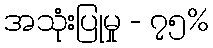
အသုံးပြုမှု - ၇၅%